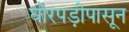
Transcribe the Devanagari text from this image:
घोरपड़ीपासून